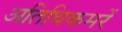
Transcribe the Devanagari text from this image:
अतिथिकमरें